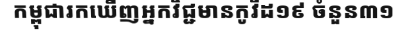
កម្ពុជារកឃើញអ្នកវិជ្ជមានកូវីដ១៩ ចំនួន៣១